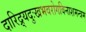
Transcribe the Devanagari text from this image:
दारिद्र्यदुःखभवरोगविनाशमन्त्रम्